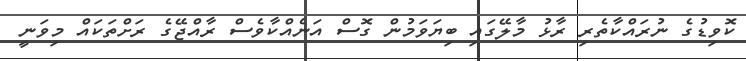
ކޮވިޑުގެ ނުރައްކާތެރި ރާޅު މާލޭގައި ބިޔަވަމުން ގޮސް އަނެއްކާވެސް ރާއްޖޭގެ ރަށްތަކައް މިވަނީ